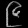
Digit: ၉